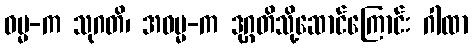
ဓမ္မ-က သုဂတိ၊ အဓမ္မ-က ဒုဂ္ဂတိသို့ဆောင်ကြောင်း ဂါထာ